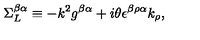
\Sigma _ { L } ^ { \beta \alpha } \equiv - k ^ { 2 } g ^ { \beta \alpha } + i \theta \epsilon ^ { \beta \rho \alpha } k _ { \rho } ,